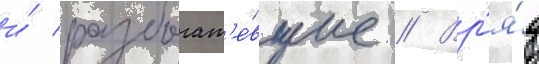
и́ разбогат'е́вшие // Вр'я́д